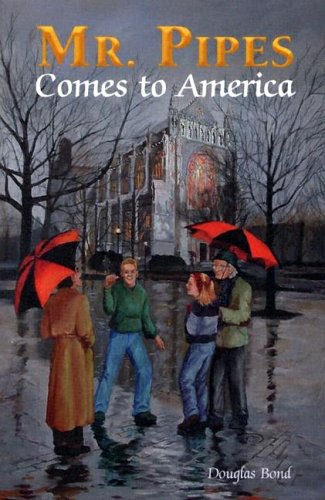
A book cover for Mr Pipes Comes To America; Douglas Bond; Teen & Young Adult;